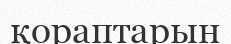
қораптарын